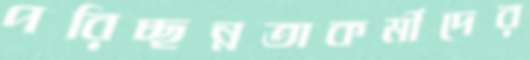
পরিচ্ছন্নতাকর্মীদের